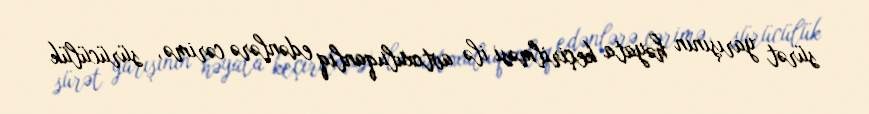
sürət yarışının həyata keçirilməsi ilə avtoxuluqanlıq edənlərə cərimə, sürücülük